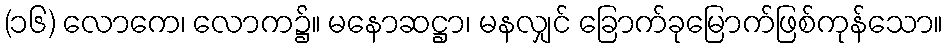
(၁၆) လောကေ၊ လောက၌။ မနောဆဋ္ဌာ၊ မနလျှင် ခြောက်ခုမြောက်ဖြစ်ကုန်သော။